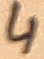
Text: 4